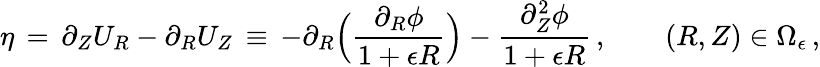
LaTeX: \eta\, =\, \partial_{Z}U_{R}-\partial_{R}U_{Z}\, \equiv\, -\partial_{R}\Bigl(\frac{\partial_{R}\phi}{1+\epsilon R}\Bigr)-\frac{\partial_{Z}^{2}\phi}{1+\epsilon R}\, ,\qquad(R,Z)\in\Omega_{\epsilon}\, ,